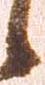
候